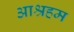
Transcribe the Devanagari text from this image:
आश्रहम